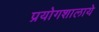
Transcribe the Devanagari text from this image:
प्रयोगशालाये